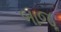
બાજૂ